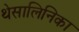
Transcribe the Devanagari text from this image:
थेसालिनिका